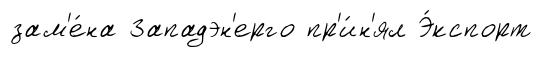
зам'е́на Западэн'ерго пр'и́н'ял Э́кспорт